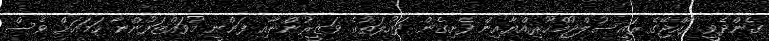
ގެންދެވީ ރާއްޖޭގެ ރައީސުލްޖުމްހޫރިއްޔާއިން ފެށިގެން ދައުލަތުގެ ވަޒީރުންނާއި ފަންނީ މުވައްޒަފުންނާ ހަމައަށް ވެސް